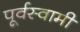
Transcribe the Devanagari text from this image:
पूर्वस्वामी